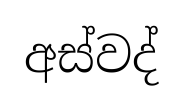
අස්වද්